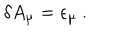
\delta A _ { \mu } = \epsilon _ { \mu } \ .